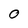
Character: O